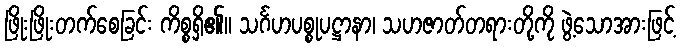
ဖြိုးဖြိုးတက်စေခြင်း ကိစ္စရှိ၏။ သင်္ဂဟပစ္စုပဋ္ဌာနာ၊ သဟဇာတ်တရားတို့ကို ဖွဲ့သောအားဖြင့်